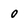
Character: 0